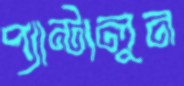
প্যান্টালুন